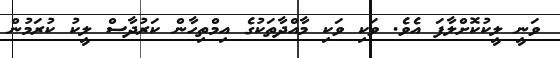
ވަނީ ލީކުކޮށްލާފަ އެވެ. ވަކި ވަކި މާއްދާތަކުގެ އިމްތިހާން ކަރުދާސް ލީކު ކުރަމުން